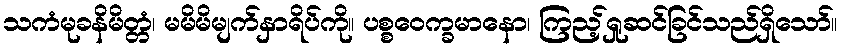
သကံမုခနိမိတ္တံ၊ မမိမိမျက်နှာရိပ်ကို။ ပစ္စဝေက္ခမာနော၊ ကြည့်ရှုဆင်ခြင်သည်ရှိသော်။